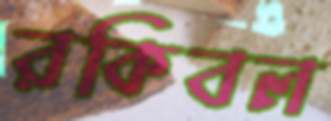
রকিবল